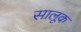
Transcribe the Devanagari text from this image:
सालूक